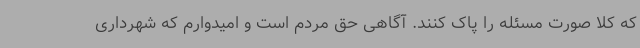
که کلا صورت مسئله را پاک کنند. آگاهی حق مردم است و امیدوارم که شهرداری